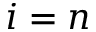
i = n